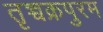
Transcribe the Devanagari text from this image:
तृच्चक्रपुरम